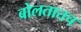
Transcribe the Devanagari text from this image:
बोलतातच